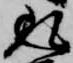
返